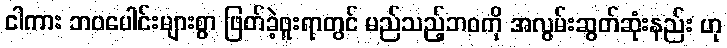
ငါကား ဘဝပေါင်းများစွာ ဖြတ်ခဲ့ဖူးရာတွင် မည်သည့်ဘဝကို အလွမ်းဆွတ်ဆုံးနည်း ဟု